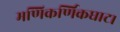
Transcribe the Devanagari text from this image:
मणिकर्णिकघाट।